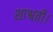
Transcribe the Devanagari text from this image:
शाश्वती।